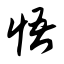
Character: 悟